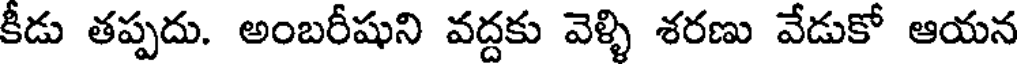
కీడు తప్పదు. అంబరీషుని వద్దకు వెళ్ళి శరణు వేడుకో ఆయన